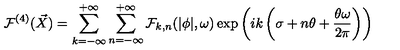
{ \cal F } ^ { ( 4 ) } ( \vec { X } ) = \sum _ { k = - \infty } ^ { + \infty } \sum _ { n = - \infty } ^ { + \infty } { \cal F } _ { k , n } ( | \phi | , \omega ) \exp \left( i k \left( \sigma + n \theta + \frac { \theta \omega } { 2 \pi } \right) \right)